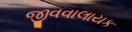
જીવવાલાયક